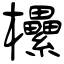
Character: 欙